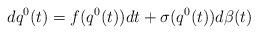
LaTeX: \begin{align*}dq^0(t)=f(q^0(t))dt+\sigma(q^0(t))d\beta(t)\end{align*}